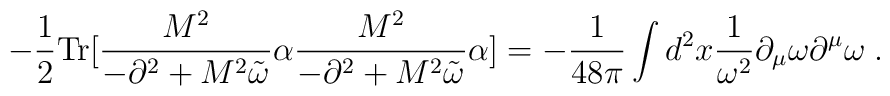
-\frac{1}{2}       {\rm      Tr}       [\frac{M^2}{-\partial^2      +M^2{\tilde\omega}}\alpha            \frac{M^2}{-\partial^2           +M^2{\tilde\omega}}\alpha   ]   =   -{1\over   48\pi}\int   d^2x{1\over\omega^2}\partial_{\mu}\omega\partial^{\mu}\omega \;.